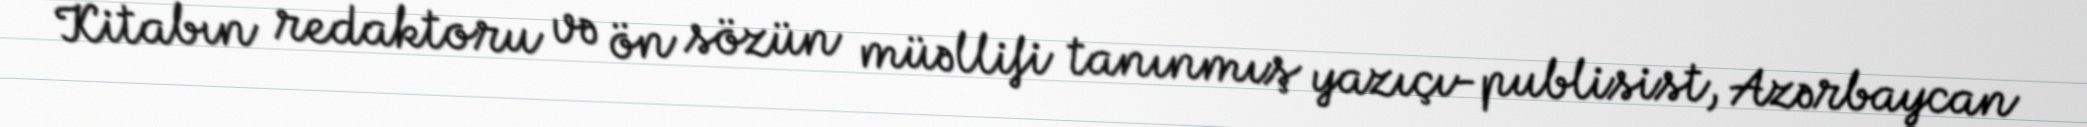
Kitabın redaktoru və ön sözün müəllifi tanınmış yazıçı-publisist, Azərbaycan